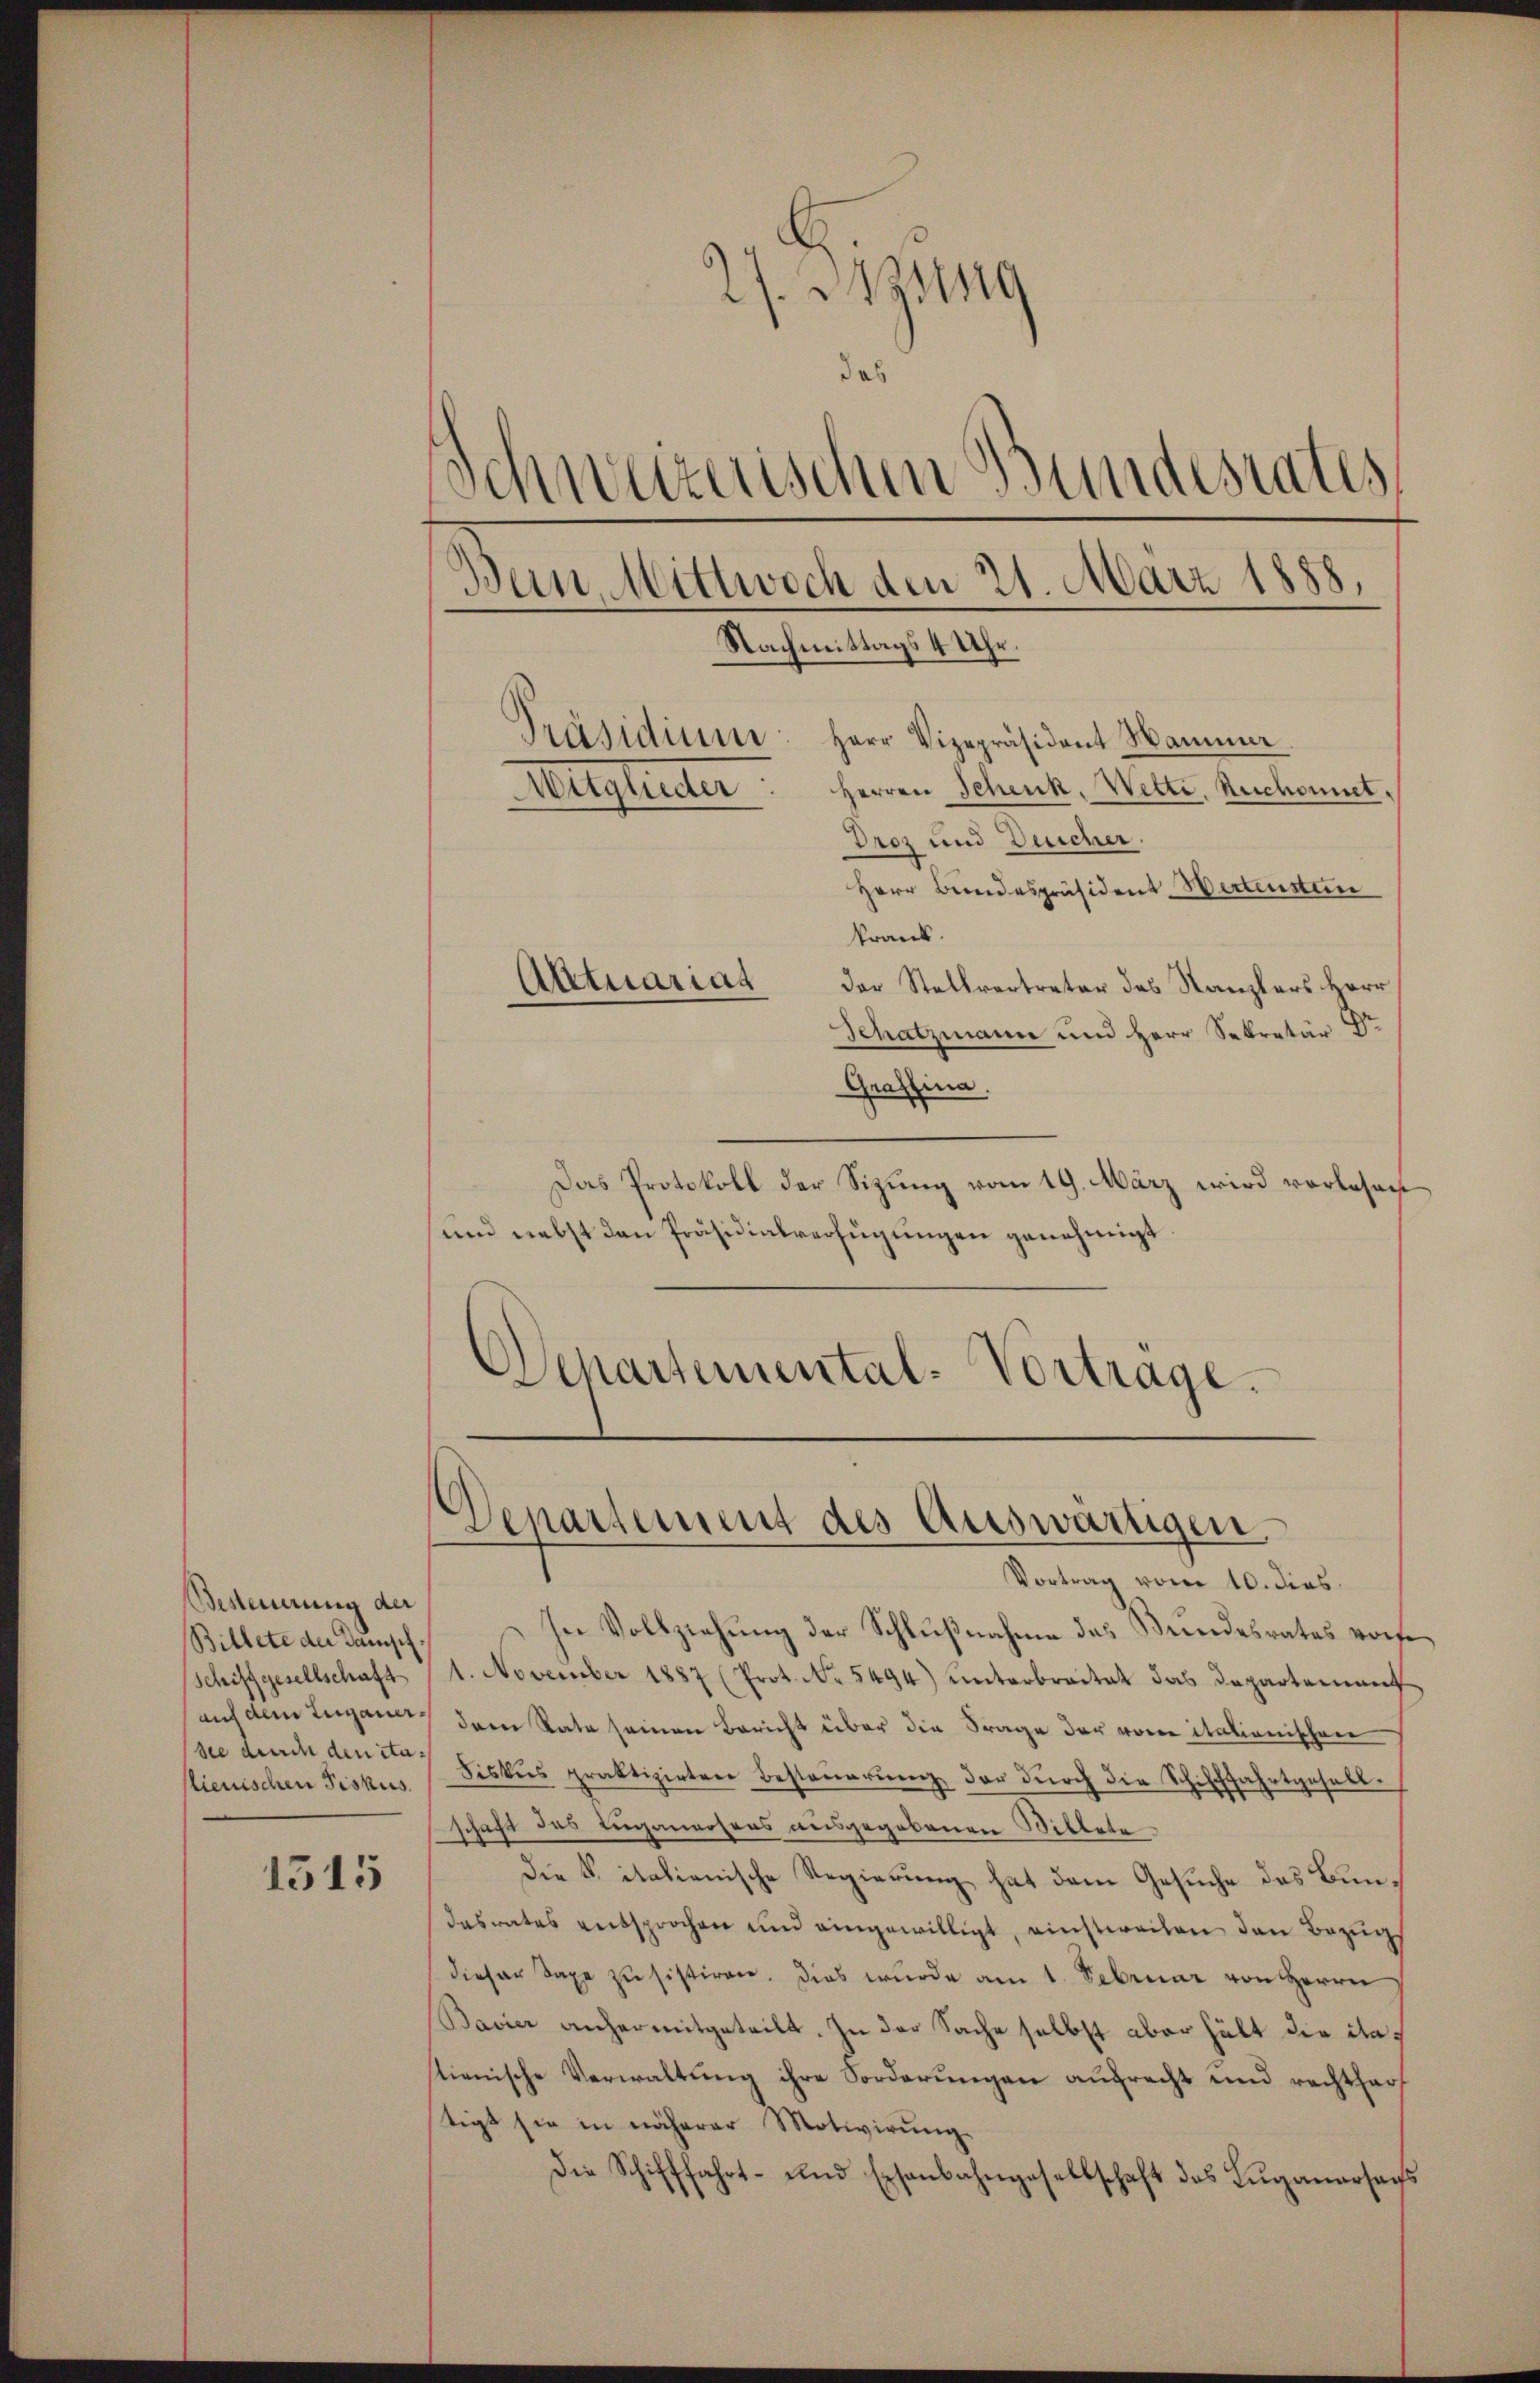
Besteuerung der
Billete der Dampf
Schiffgesellschaft
lienischen Fiskus.

1515

27. 21149
das
s
Schweizerischen Bundesrates
Bein, Wittwoch den 21. März 1888.
Nachmittags 4 Uhr.
Präsidium: Herr Vizepräsident Hammer
Herren Schenk. Wette. Rechaniel,
Ausgleiter
Droz und Deicher.

Herr Bundespräsident Wertenstan
krank.
Atttuariag
der Stellvertreter des Kanzlers Herr
Schatzmann und Herr Sekretär Dr
Graffina
Das Protokoll der Sitzung vom 19. März wird vorlesen
und nebst den Präsidialverfügungen genehmigt.
Separtemental-Vortrage.

.
Departement des Auswärtigen.

Vortrag vom 10. dies
In Vollziehung der Schlußnahme das Bundesrates vorf
1. November 1887 (Prot. No. 5494) unterbreitet das Departenauf
auf dein Lugane dem Rate seinen Bericht über die Frage der von italionischen
ssee durch den den Fiskus praktizirten Besteŭerŭng der dŭrch die Schifffahrtgesellschaft des Luganeosens ausgegebenen Willete
Die Vitalienische Regierung hat dem Gesuche des Bundasrates entsprochen und eingewilligt, einstweilen den Bezug
dieser Taxe zŭ sistiren. Dies wurde am 1. Februar von Herrn
Bavier anhermitgeteilt. In der Sache selbst aber hält die itatienische Verwaltung ihre Forderungen aufrecht und rechthauf
stigt sie in näherer Motivirŭng
Die Schifffahrt- und Eisenbahngesellschaft des Lŭgaŭarsachs